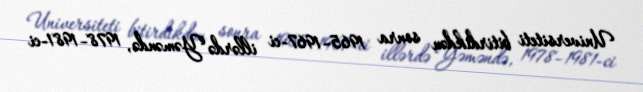
Universiteti bitirdikdən sonra 1965–1967-ci illərdə Yəməndə, 1978–1981-ci